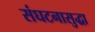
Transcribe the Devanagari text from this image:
संघटनासुद्धा